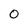
Character: 0